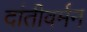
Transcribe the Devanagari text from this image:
दांतीवर्मन